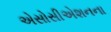
એસોસીએશનના